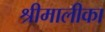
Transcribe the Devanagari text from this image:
श्रीमालीका